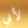
لأبي